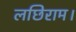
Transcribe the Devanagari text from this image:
लछिराम।